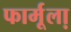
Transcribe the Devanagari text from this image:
फार्मूला़